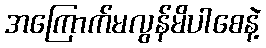
အကြောက်မလွန်မိပါစေနဲ့